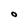
Character: O